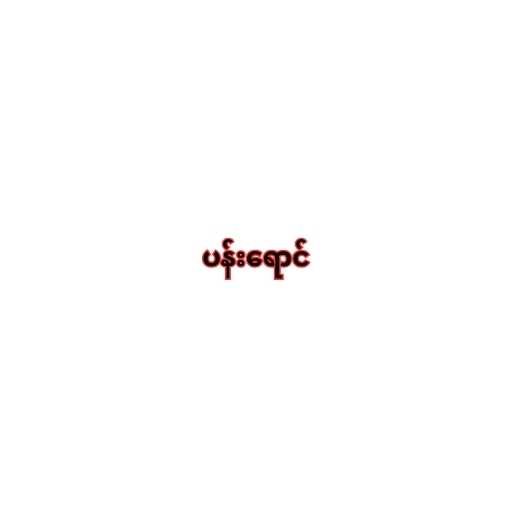
ပန်းရောင်